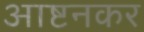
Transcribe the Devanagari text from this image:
आष्टनकर